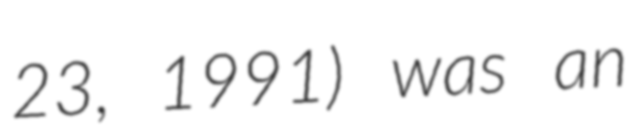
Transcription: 23, 1991) was an